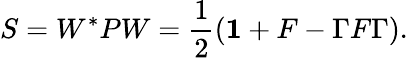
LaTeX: S=W^{*}PW=\frac{1}{2}({\mathbf 1}+F-\Gamma F\Gamma).